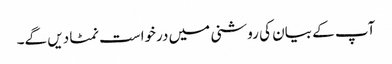
آپ کے بیان کی روشنی میں درخواست نمٹا دیں گے۔